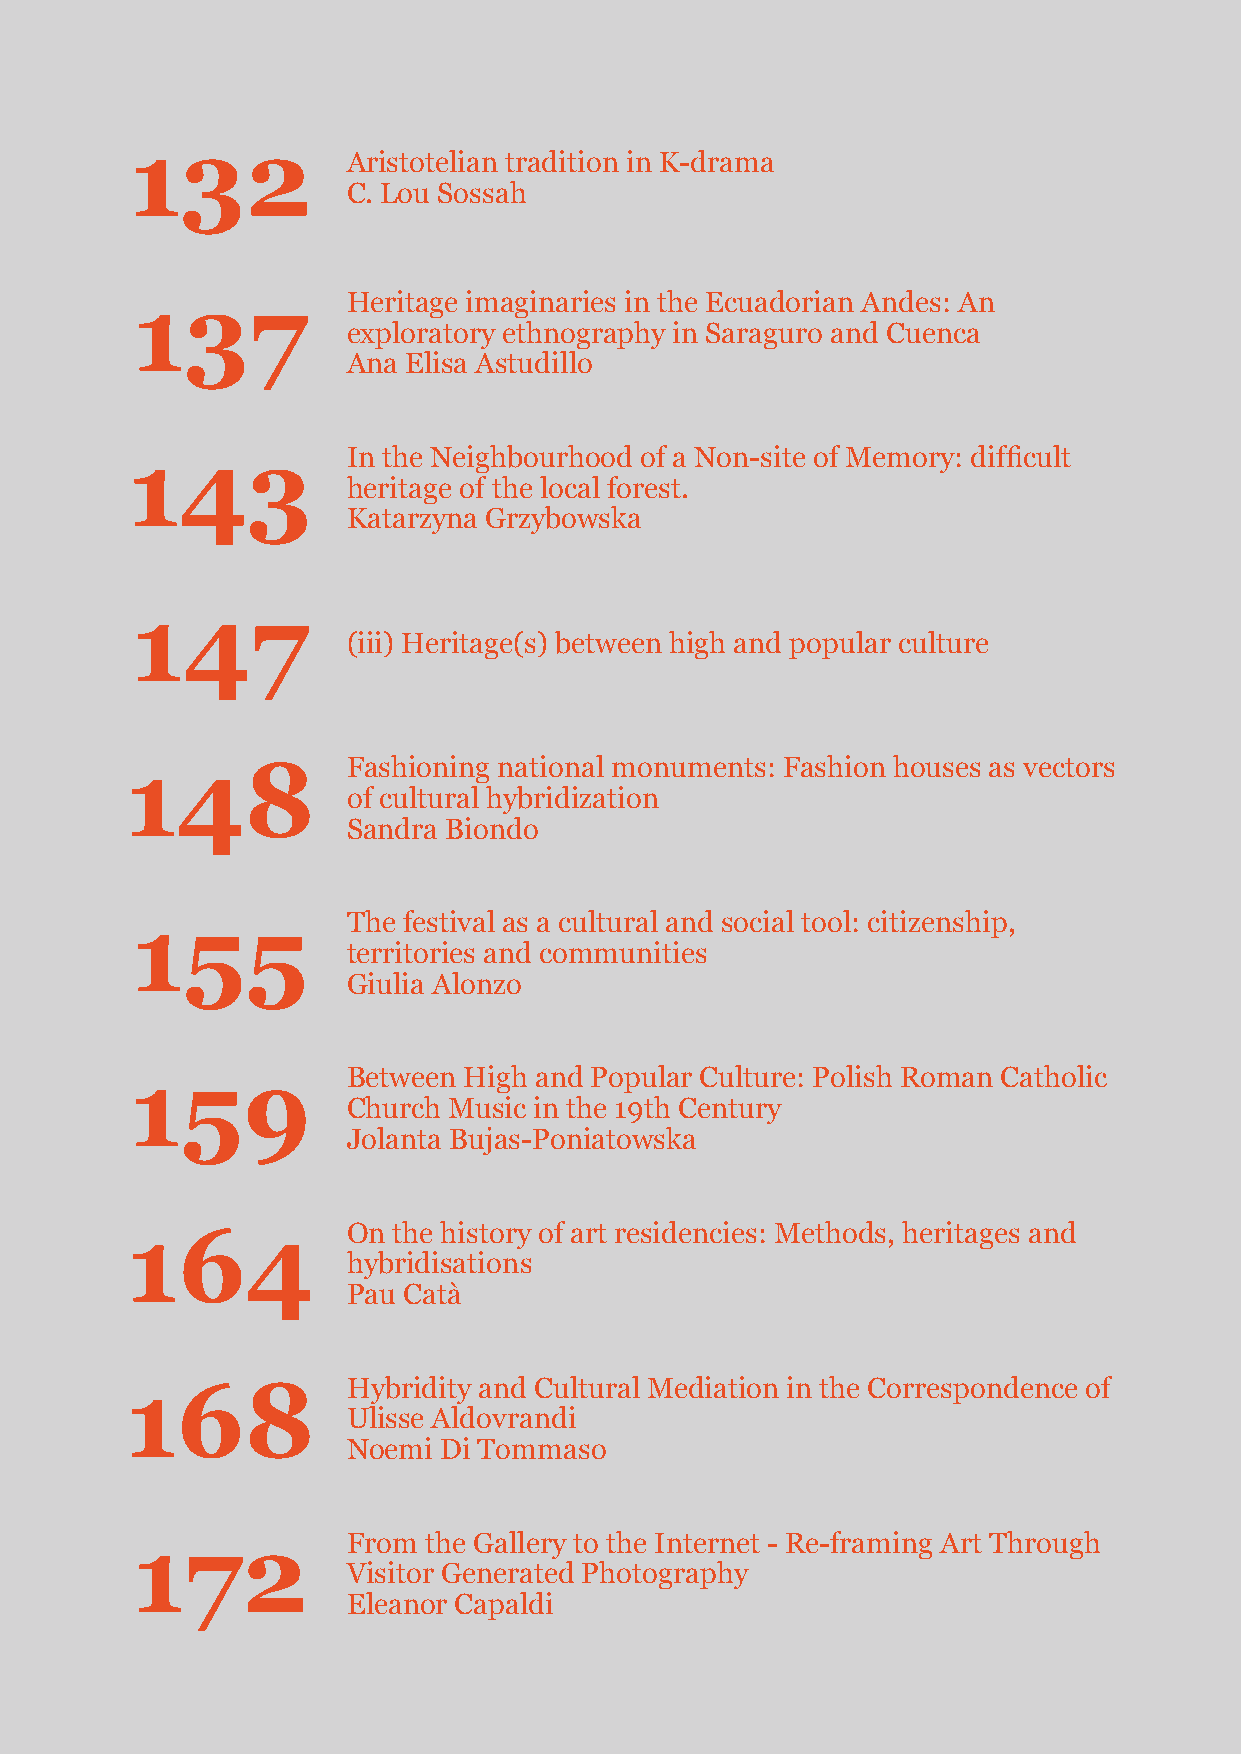
132
 Aristotelian tradition in K-drama
 C. Lou Sossah
 Heritage imaginaries in the Ecuadorian Andes: An
 137
 exploratory ethnography in Saraguro and Cuenca
 Ana Elisa Astudillo
 In the Neighbourhood of a Non-site of Memory: difficult
 143
 heritage of the local forest.
 Katarzyna Grzybowska
 147
 (iii) Heritage(s) between high and popular culture
 Fashioning national monuments: Fashion houses as vectors
 148
 of cultural hybridization
 Sandra Biondo
 The festival as a cultural and social tool: citizenship,
 155
 territories and communities
 Giulia Alonzo
 Between High and Popular Culture: Polish Roman Catholic
 159
 Church Music in the 19th Century
 Jolanta Bujas-Poniatowska
 On the history of art residencies: Methods, heritages and
 164
 hybridisations
 Pau Catà
 Hybridity and Cultural Mediation in the Correspondence of
 168
 Ulisse Aldovrandi
 Noemi Di Tommaso
 From the Gallery to the Internet - Re-framing Art Through
 172
 Visitor Generated Photography
 Eleanor Capaldi